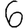
Digit: 6